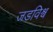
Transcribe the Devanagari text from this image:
जडविश्व